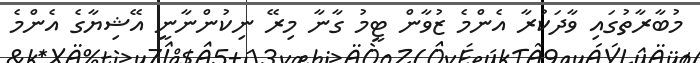
މުބާރާތުގައި ވާދަކުރާ އެންމެ ޒުވާން ޓީމު ގާނާ މިރޭ ނިކުންނާނީ އޭޝިޔާގެ އެންމެ